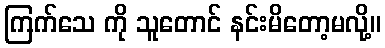
ကြက်သေ ကို သူတောင် နင်းမိတော့မလို့။